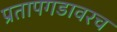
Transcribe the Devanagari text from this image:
प्रतापगडावरच